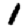
Digit: 1